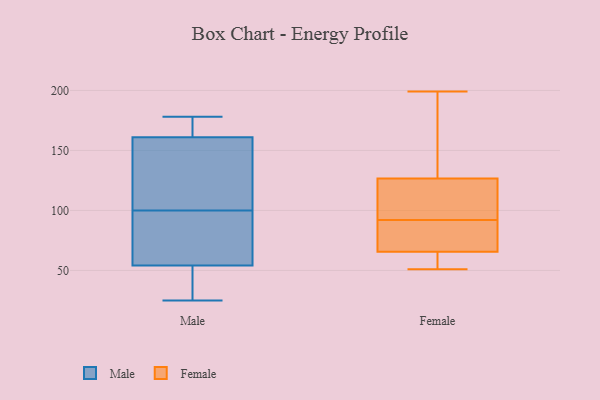
{"axis": {"x": "Operating Costs (USD K)", "y": "Value"}, "legend": ["Female", "Male"], "data": [{"x": "", "y": 64, "type": "Male"}, {"x": "", "y": 87, "type": "Male"}, {"x": "", "y": 162, "type": "Male"}, {"x": "", "y": 178, "type": "Male"}, {"x": "", "y": 165, "type": "Male"}, {"x": "", "y": 46, "type": "Male"}, {"x": "", "y": 62, "type": "Male"}, {"x": "", "y": 34, "type": "Male"}, {"x": "", "y": 67, "type": "Male"}, {"x": "", "y": 152, "type": "Male"}, {"x": "", "y": 160, "type": "Male"}, {"x": "", "y": 81, "type": "Male"}, {"x": "", "y": 154, "type": "Male"}, {"x": "", "y": 113, "type": "Male"}, {"x": "", "y": 26, "type": "Male"}, {"x": "", "y": 34, "type": "Male"}, {"x": "", "y": 25, "type": "Male"}, {"x": "", "y": 168, "type": "Male"}, {"x": "", "y": 152, "type": "Male"}, {"x": "", "y": 175, "type": "Male"}, {"x": "", "y": 199, "type": "Female"}, {"x": "", "y": 169, "type": "Female"}, {"x": "", "y": 92, "type": "Female"}, {"x": "", "y": 69, "type": "Female"}, {"x": "", "y": 55, "type": "Female"}, {"x": "", "y": 76, "type": "Female"}, {"x": "", "y": 123, "type": "Female"}, {"x": "", "y": 81, "type": "Female"}, {"x": "", "y": 51, "type": "Female"}, {"x": "", "y": 53, "type": "Female"}, {"x": "", "y": 137, "type": "Female"}, {"x": "", "y": 113, "type": "Female"}, {"x": "", "y": 114, "type": "Female"}]}